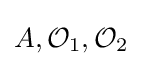
A,{\mathcal {O}}_{1},{\mathcal {O}}_{2}